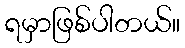
ရမှာဖြစ်ပါတယ်။